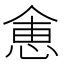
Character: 𬾽